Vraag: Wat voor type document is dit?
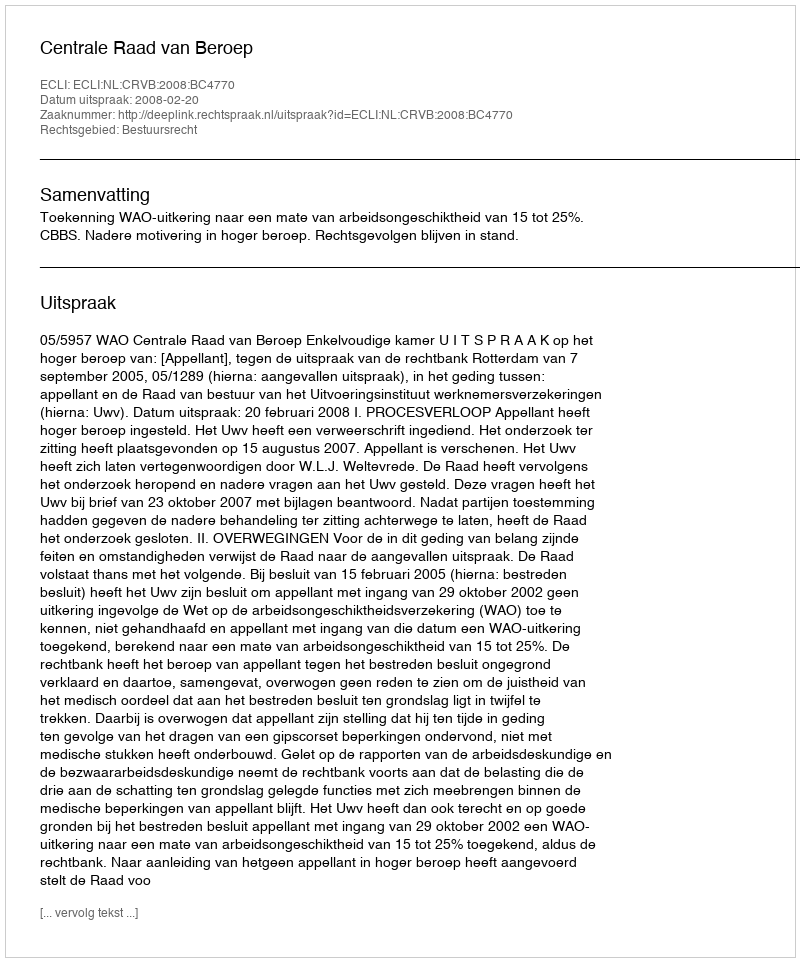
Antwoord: Uitspraak